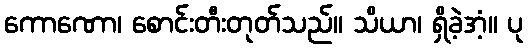
ကောဏော၊ စောင်းတီးတုတ်သည်။ သိယာ၊ ရှိခဲ့အံ့။ ပု